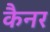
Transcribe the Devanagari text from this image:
कैनर